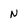
Character: N